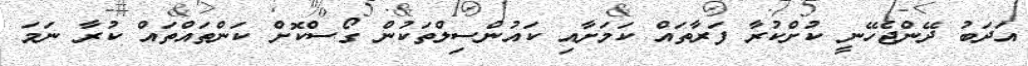
އަދަބު ދޭންޖެހޭނީ ކުށްކުރާ ފަރާތައް ކަމަށާއި ކައުންސިލްތަކުން ގޯސްކޮށް ކަންތައްތައް ކުރާ ނަމަ